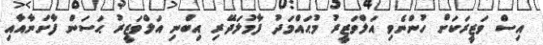
އިސް ވަޒީރަކަށް ހުންނެވި އަލްވަޒީރު މުޙައްމަދު ފާމުލަދޭރި އިބްނި އަލްވަޒީރު ޙަސަން ފާށަނާއާއި